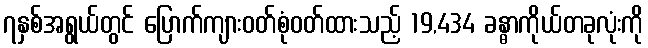
၇နှစ်အရွယ်တွင် ပြောက်ကျားဝတ်စုံဝတ်ထားသည့် 19,434 ခန္ဓာကိုယ်တခုလုံးကို